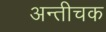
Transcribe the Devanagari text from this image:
अन्तीचक